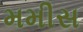
મમીસ